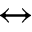
\leftrightarrow